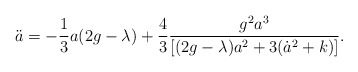
\begin{align*} \ddot a = -\frac 13 a(2 g - \lambda) +\frac43\frac{g^2a^3}{[(2g- \lambda)a^2+ 3(\dot a^2 +k)]}.\end{align*}